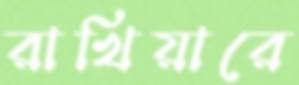
রাখিয়ারে